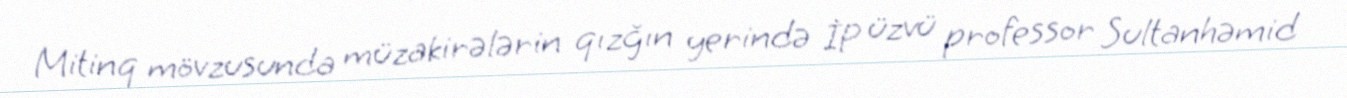
Mitinq mövzusunda müzakirələrin qızğın yerində İP üzvü professor Sultanhəmid